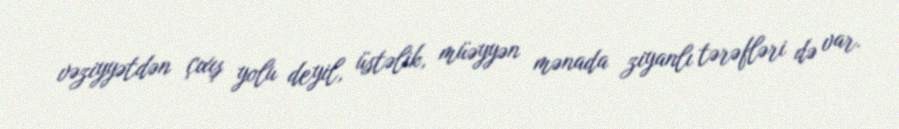
vəziyyətdən çıxış yolu deyil, üstəlik, müəyyən mənada ziyanlı tərəfləri də var.